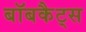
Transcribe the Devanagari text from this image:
बॉबकैट्स